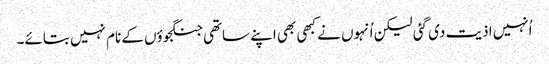
اُنہیں اذیت دی گئی لیکن اُنہوں نے کبھی بھی اپنے ساتھی جنگجوؤں کے نام نہیں بتائے۔